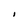
Character: I